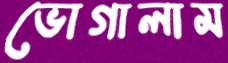
ভোগালাম